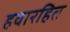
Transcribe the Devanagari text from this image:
हवारहित